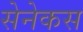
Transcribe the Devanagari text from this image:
सेनेकस